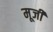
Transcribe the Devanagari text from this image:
मूजी